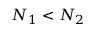
N _ { 1 } < N _ { 2 }